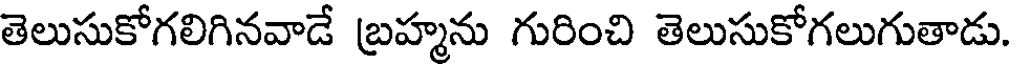
తెలుసుకోగలిగినవాడే బ్రహ్మను గురించి తెలుసుకోగలుగుతాడు.